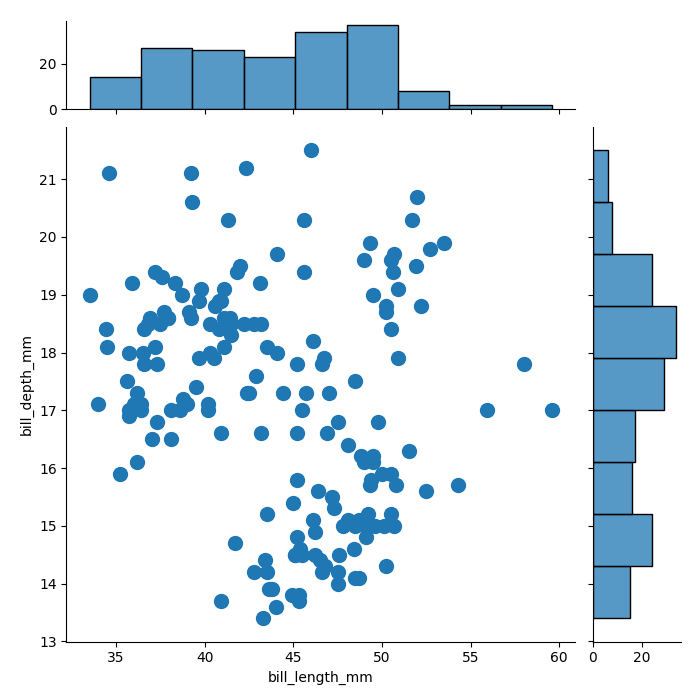
python, seaborn, jointplot, kind='scatter', height='7', ratio='5', marginal_ticks='True'